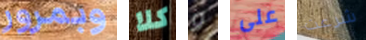
وبمرور كلا و على شرعت